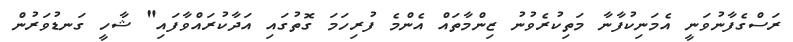
ރަސްގެފާނުވަނީ އެމަނިކުފާނާ މަތިކުރެވުނު ޒިންމާތައް އެންމެ ފުރިހަމަ ގޮތުގައި އަދާކުރައްވާފައި" ޝާހީ ގަނޑުވަރުން